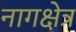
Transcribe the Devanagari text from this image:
नागक्षेत्र